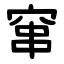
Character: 窜